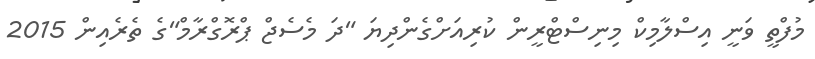
މުފްތީ ވަނީ އިސްލާމިކް މިނިސްޓްރީން ކުރިއަށްގެންދިޔަ "ދަ މެސެޖް ޕްރޮގްރާމް"ގެ ތެރެއިން 2015